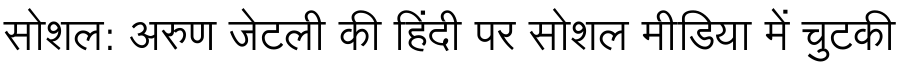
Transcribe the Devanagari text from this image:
सोशल: अरुण जेटली की हिंदी पर सोशल मीडिया में चुटकी